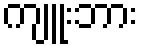
ကျူးဘား